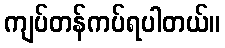
ကျပ်တန်ကပ်ရပါတယ်။